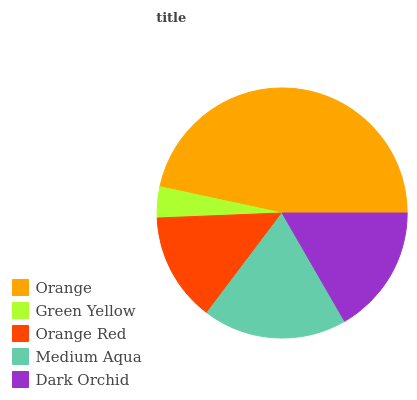
| Orange | Green Yellow | Orange Red | Medium Aqua | Dark Orchid |
 | --- | --- | --- | --- | --- |
 | 46.6% | 4.01% | 14.1% | 18.6% | 16.7% |